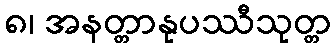
၈၊ အနတ္တာနုပဿီသုတ္တ